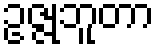
ဥဇ္ဇုဘူတာ